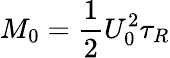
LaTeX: M_{0}=\frac{1}{2}U_{0}^{2}\tau_{R}